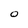
Character: 0